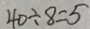
4 0 \div 8 = 5